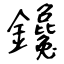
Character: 鑱